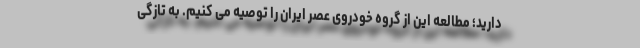
دارید؛ مطالعه این از گروه خودروی عصر ایران را توصیه می کنیم. به تازگی